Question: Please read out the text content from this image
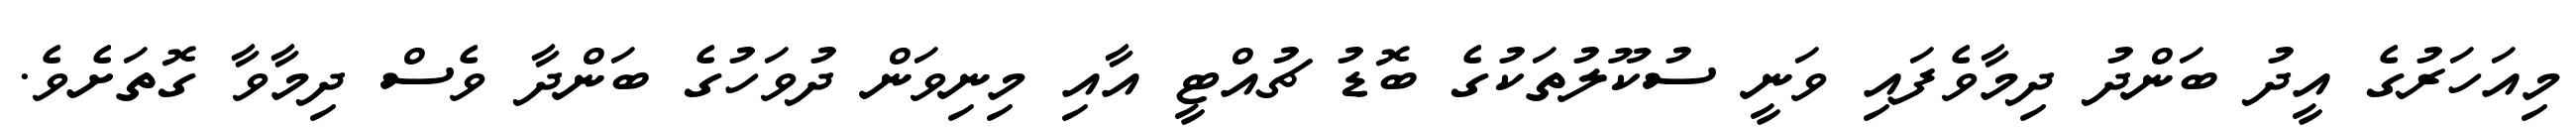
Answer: މިއަހަރުގެ އީދު ބަންދު ދިމާވެފައި ވަނީ ސުކޫލުތަކުގެ ބޮޑު ޗުއްޓީ އާއި މިނިވަން ދުވަހުގެ ބަންދާ ވެސް ދިމާވާ ގޮތަށެވެ.